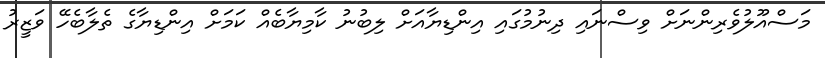
މަސްއޫލުވެރިންނަށް ވިސްނައި ދިނުމުގައި އިންޑިޔާއަށް ލިބުނު ކާމިޔާބެއް ކަމަށް އިންޑިޔާގެ ތެލާބެހޭ ވަޒީރު